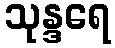
သုန္ဒရေ